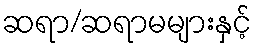
ဆရာ/ဆရာမများနှင့်